Vital statistics of India. Vol. V, Reports of 1876 on armies & jails and on epidemic cholera
Year: 1876
Disease focus: Cholera
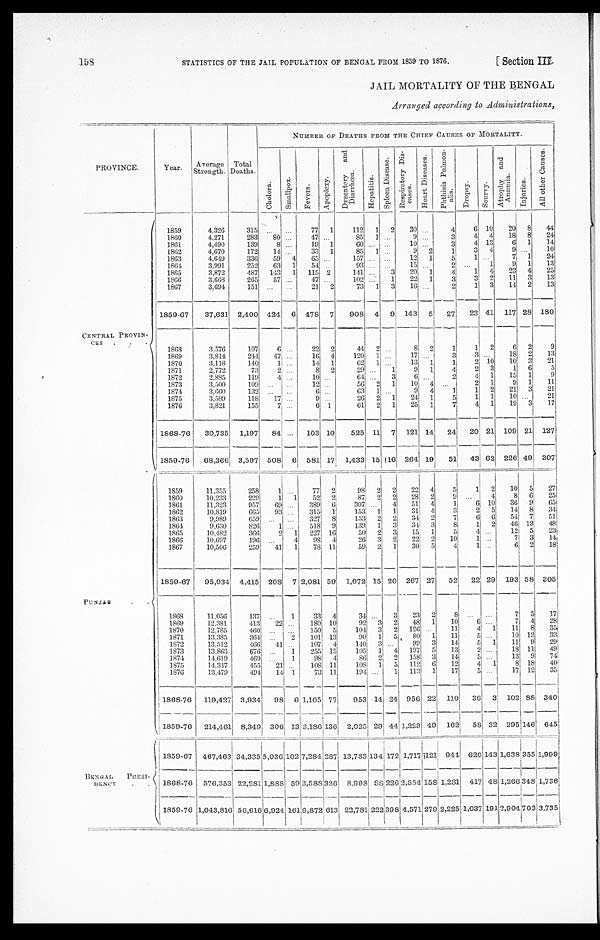
STATISTICS OF THE JAIL POPULATION OF BENGAL FROM 1859 TO 1876.
[ Section III.
158
JAIL MORTALITY OF THE BENGAL
Arranged according to Administrations,
PROVINCE.
Year. Average
Strength.
Total
Deaths.
NUMBER OF DEATHS FROM THE CHIEF CAUSES OF MORTALITY.
C h o l e r a .
S m a l l p o x .
F e v e r s . Ap o p l e x y .
D y s e n t r y a n d D i a r r h œ a .
H e p a t i t i s .
S p l e e n d i s e a s e . R e s p i r a t o r y D i s e a s e s .
H e a r t D i s e a s e s .
P h t h i s i s s P u l m o n a l i s .
D r o p s y .
S c u r v y .
A t r o p h y a n d A n æ m i a .
I n j u r i e s .
A l l o t h e r C a u s e s .
CENTRAL PROVINCES. . .
1859
4,326
315
. . .
. . .
77 1
112 1 2 30 ...
4
6 10 20 8 44
1860
4,271
283 80 ...
47 ...
85 1 ...
9 . . .
3
4 4 18 8 24
1861
4,490
139 8 . . .
19 1
60 ... . . .
10 . . .
3
4 13
6 1
1 4
1862
4,670
172 14 . . . 33 1
85 1 ...
9 2
1
3 4
9 ...
10
1863
4,649
336 59 4 65 ...
157 ... ...
12 1
5
1 ...
7 1 24
1864
3,991
252 63 1 54 ...
93 ...
. . . 15 . . .
2
. . . 1
9 1 13
1865
3,872
487 143 1 115 2
141 ... 3 20 1
4
1 4 23 4 25
1866
3,668
265 57 ...
47 ...
102 . . . 1 22 1
3
3 2 11 3 13
1867
3,694
151 ...
. . . 21 2
73 1 3 16 . . . 2
1 3 14 2 13
1859-67 37,631 2,400 424 6 478 7 908 4 9 143 5 27 23 41 117 28 180
1868
3,576
107
6 ...
22 2
44 2 ...
8 2
1
1 2
6 2
9
1869
3,814
244 47 ...
16 4
120 1 ...
17 . . . 3
3 . . .
1 8 2 13
1870
3,118
140
1 . . .
14 1
62 1 . . .
13 1
1
2 10 10 3 21
1871
2,772
73
2 . . .
8 2
29 . . . 1
9 1
4
2 3
1 6
5
1872
2,885
119
4 ...
10 ...
64 . . . 3
6 . . .
2
4 1 15 1
9
1873
3,500
109
. . . . . . 12 ...
56 2 1 10 4 . . .
2 1
9 1
1 1
1874
3,660
132
. . . . . .
6 . . .
63 1 . . .
9 4
1
1 2 21 3
2 1
1875
3,589
118 17 ...
9 ...
26 2 1 24 1
5
1 1 10 . . . 21
1876
3,821
155
7 . . .
6 1
61 2 1 25 1
7
4
1 19 3 17
1868-76 30,735 1,197 84 ... 103 10 525 11 7 121 14 24 20 21 109 21 127
1859-76 68,366 3,597 508 6 581 17 1,4331 15 16 264 19
5 1 43 62 226 49 307
PUNJAP . .
1859
11,355
258
1 ...
77 2
98 2 2 22 4
5
1 2 10
5 27
1860
10,233
229
1 1 52 2
87 2 2 28 2
9 ...
4
8 6
2 5
1861
11,323
957 69 . . . 389 6
307 . . . 4 51 4
1
6 10 36 9
65
1862
10,819
665 93 . . . 315 1
153 1 1 31 4
3
2 5 14 8 34
1863
9,989
659 . . .
. . . 327 8
153 2 2 34 2
7
6 6 54 7 51
1864
9,630
826
1 . . . 518 9
139 1 3 34 3
8
1 2 46 13 48
1865
10,482
366
2 1 227 16
50 2 3 15 1
5
4 ...
12 5 23
1866
10,697
196 . . .
4 98 4
26 3 2 22 2 10
1 ...
7 3 14
1867
10,506
259 41 1 78 11
59 2 1 30 5
4
1 ...
6 2 18
1859-67 95,034 4,415 208 7 2,081 59 1,072 15 20 267 27 52 22 29 193 58 305
1868
11,056
137 ... 1
33 4
34 ... 3 23 2
8 . . .
. . .
7
5 17
1869
12,381
413 22 ... 180 10
92 3 2 48 1 10
6 ...
7 4 28
1870
12,785
460
. . . . . . 150 5
104 3 2 126 ...
11
4 1 11 8
3 5
1871
13,385
364 ...
2 101 13
90 1 5 80 1 11
5 ...
10 12 33
1872
13,512
466 41 ... 107 4
140 3 ...
99 3 14
5 1 11
9
2 9
1873
13,863
676 ... 1 255 15
105 1 4 197 5 13
2 ...
18 11 49
1874
14,619
469 ... 1
98 4
86 2 2
158 3 14
5 '...
13 9 74
1875
14,317
455 21 . . .
1 0 8 11
108 1 5 112 6 12
4 1
8 18 40
1876
13,479
494 14 1
73 11
194 ... 1 113 1 17
5 ...
17 12 35
1868-76 119,427 3,934 98 6 1,105 77 953 14 24 956 22 110 36 3 102 88 340
1859-76 214,461 8,349
3 0 6 1 3
3 , 1 8 6
136
2,025 29 44 1,223 49 162 58 32
2 9 5 146 645
BENGAL PRES
IDENCY . .
1859-67 467,463
3 4 , 3 3 5 5,036 102 7,284 2 8 7 13,783 134 172 1,717 121 944
6 2 0
143 1,638 355 1,999
1868-76 576,353 22,281 1,8881 59 2,588 326 8,998
8 8
226 2,854 15 8
1 , 2 8 1 417 48 1,266 348 1,736
1 8 5 9 - 7
6 1,043,816 56,616 6,924 161 9,872 6 1 3 22,781 2 2 2 398 4,571 279 2,225 1,037 191 2,904 7 0 3
3 , 7 3 5